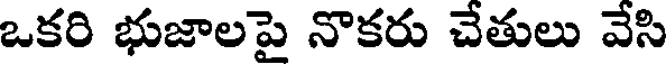
ఒకరి భుజాలపై నొకరు చేతులు వేసి